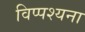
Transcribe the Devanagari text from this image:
विप्पश्यना